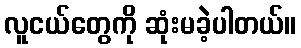
လူငယ်တွေကို ဆုံးမခဲ့ပါတယ်။